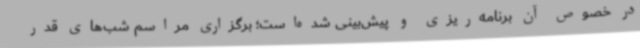
در خصوص آن برنامه‌ریزی و پیش‌بینی شده‌است؛ برگزاری مراسم شب‌های قدر